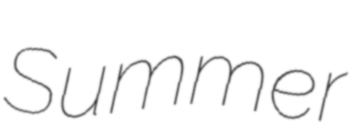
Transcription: Summer